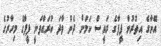
އޭނާގެ އިތުރުން ފީފާގެ ރައީސް ކަމަށް ދެން ވާދަ ކުރައްވަނީ ފީފާގެ މިހާރުގެ